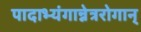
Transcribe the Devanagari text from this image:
पादाभ्यंगान्नेत्ररोगान्